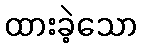
ထားခဲ့သော